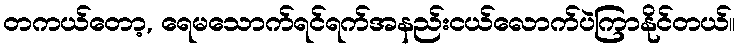
တကယ်တော့, ရေမသောက်ရင်ရက်အနည်းငယ်လောက်ပဲကြာနိုင်တယ်။